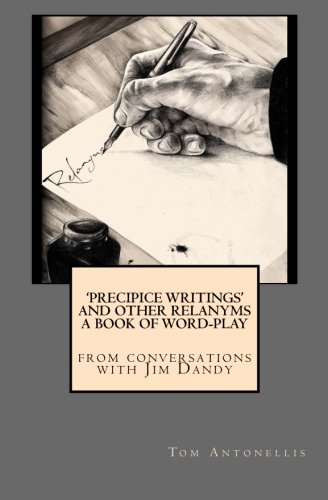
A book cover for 'Precipice Writings' and other Relanyms A Book of Word Play: from conversations with Jim Dandy (Volume 1); Tom Antonellis; Humor & Entertainment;